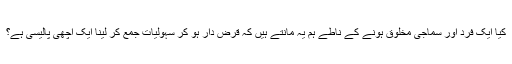
کیا ایک فرد اور سماجی مخلوق ہونے کے ناطے ہم یہ مانتے ہیں کہ قرض دار ہو کر سہولیات جمع کر لینا ایک اچھی پالیسی ہے؟